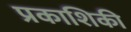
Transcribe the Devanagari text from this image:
प्रकाशिकी